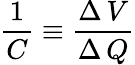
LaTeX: {\frac{1}{C}}\equiv{\frac{\Delta\, V}{\Delta\, Q}}